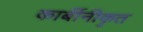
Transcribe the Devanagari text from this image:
कार्बीनीकृत